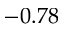
- 0 . 7 8